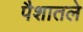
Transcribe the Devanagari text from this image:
पैशातले